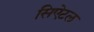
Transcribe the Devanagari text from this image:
सिऐटल